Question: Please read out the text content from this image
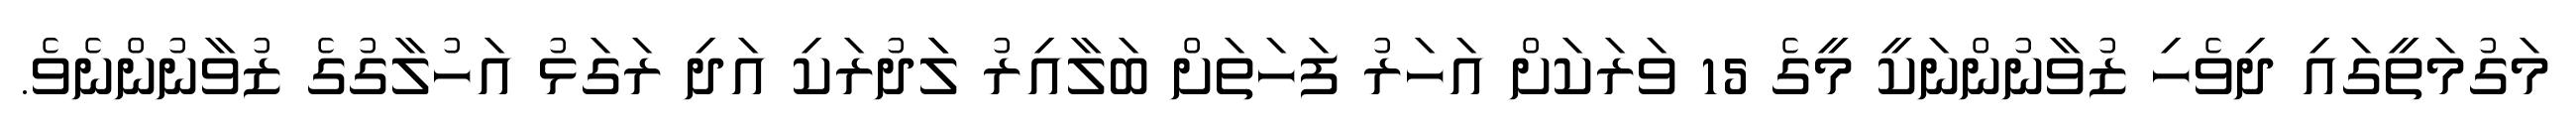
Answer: މަގުމަތީގައި ދިވެހި ޒުވާނުންނަކީ މީގެ 15 ވަރަކަށް އަހަރު ފަހަތަށް ބަލާއިރު ލަަދުރަކި އަދި ރަގަޅު އަހުލާގުގެ ޒުވާނުންނެވެ.